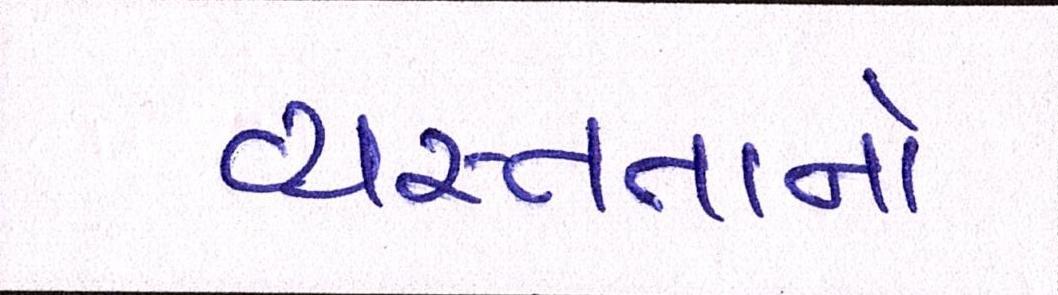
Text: વ્યસ્તતાનો